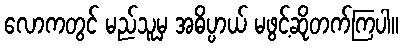
လောကတွင် မည်သူမှ အဓိပ္ပာယ် မဖွင့်ဆိုတက်ကြပါ။